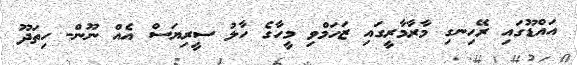
އައްޑޫގައި ރޭހިނގި މާރާމާރީގައި ޒަހަމްވި މީހާގެ ހާލު ސީރިޔަސް އެއް ނޫން- ހިތަދޫ